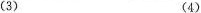
（3） （4 ）